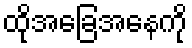
ထိုအခြေအနေကို